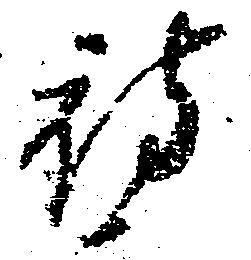
被